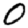
Digit: 0